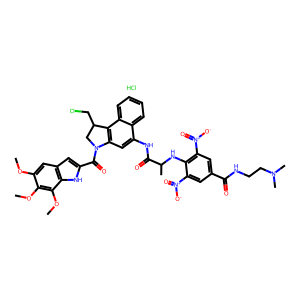
SMILES: COc1cc2cc(C(=O)N3CC(CCl)c4c3cc(NC(=O)C(C)Nc3c([N+](=O)[O-])cc(C(=O)NCCN(C)C)cc3[N+](=O)[O-])c3ccccc43)[nH]c2c(OC)c1OC.Cl
Inhibits HIV replication: No